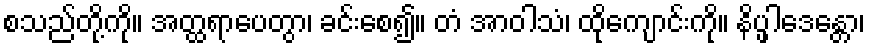
စသည်တို့ကို။ အတ္ထရာပေတွာ၊ ခင်းစေ၍။ တံ အာဝါသံ၊ ထိုကျောင်းကို။ နိပ္ဖါဒေန္တော၊